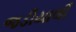
જડીયાલી